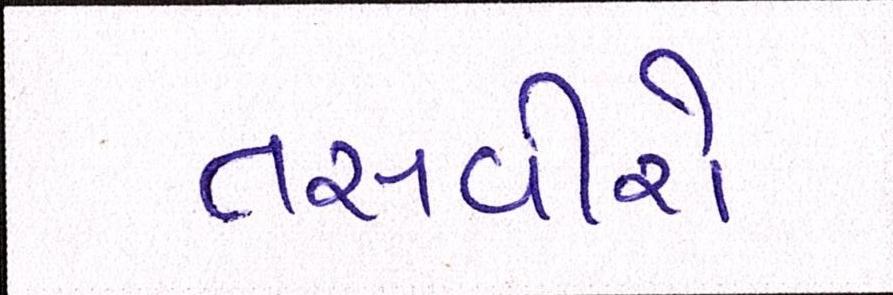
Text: તસવીરો